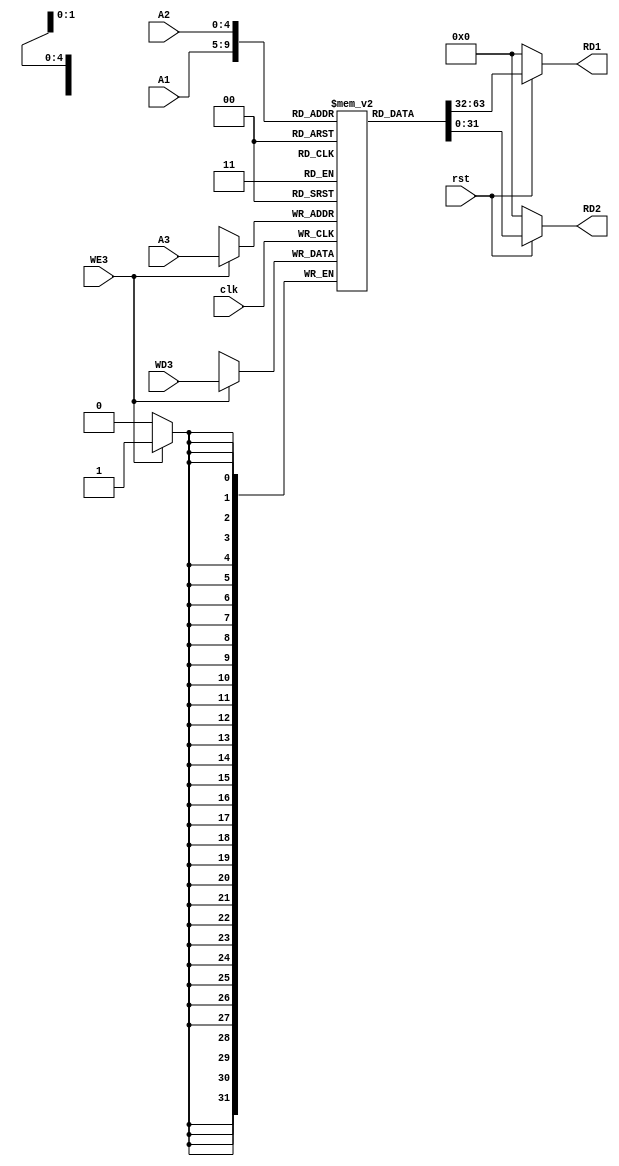
module Reg_file(A1,A2,A3,WD3,WE3,clk,rst,RD1,RD2);

input [4:0] A1,A2,A3;
input [31:0] WD3;
input clk,rst,WE3;

output [31:0] RD1,RD2;

//creation temparary memory
reg [31:0] Registers [31:0]; 
always @(posedge clk) begin
    begin
    if (WE3)
      Registers[A3] <= WD3;
    end
    end

//read functionality (rst is active low)
 assign RD1 = (rst==1'b0) ? 32'd0 : Registers[A1];
    assign RD2 = (rst==1'b0) ? 32'd0 : Registers[A2];

    initial begin
        Registers[9] = 32'h00000020;
        Registers[6] = 32'h00000040;
    end
endmodule